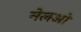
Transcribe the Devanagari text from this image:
मेलओ